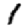
Digit: 1